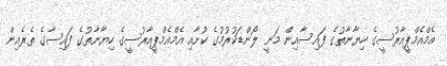
އެމްއެމްޕީއާރުސީގެ ހިޔާނާތުގެ ފައިސާއިން މަނީ ލޯންޑަކުރުމުގެ ކުށާއި އެމްއެމްޕީއާރުސީގެ ހިޔާނާތުގެ ފައިސާގެ ތެރެއިން